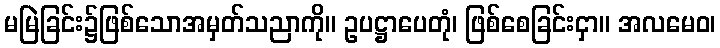
မမြဲခြင်း၌ဖြစ်သောအမှတ်သညာကို။ ဥပဋ္ဌာပေတုံ၊ ဖြစ်စေခြင်းငှာ။ အလမေဝ၊